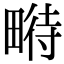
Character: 𤲵